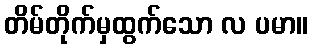
တိမ်တိုက်မှထွက်သော လ ပမာ။